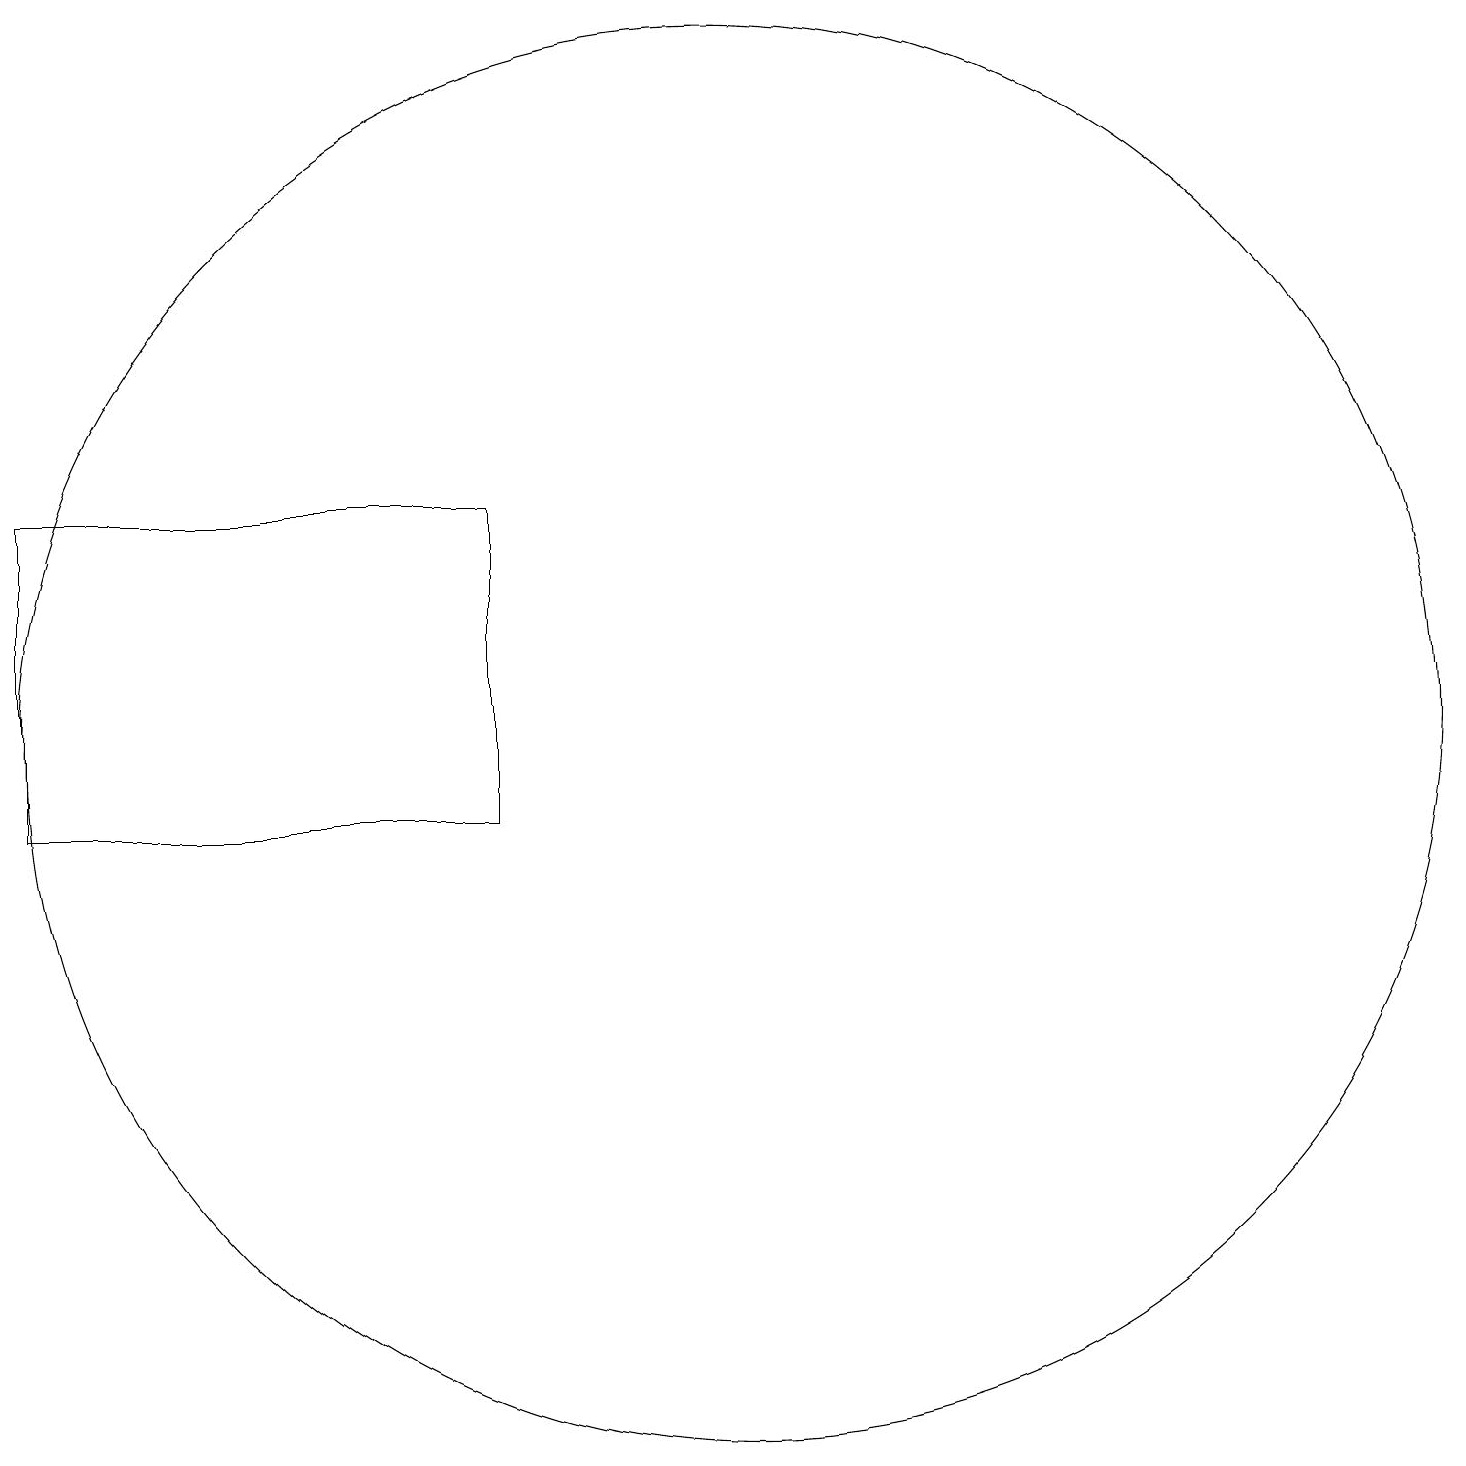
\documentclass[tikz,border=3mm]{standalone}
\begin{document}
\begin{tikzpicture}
\draw (1,11) rectangle (7,15);
\draw (10,12) circle (9);
\draw (11,10) circle (0);
\draw (11,12) circle (0);
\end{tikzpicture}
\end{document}